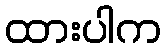
ထားပါက